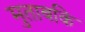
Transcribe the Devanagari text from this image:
मुताबकि